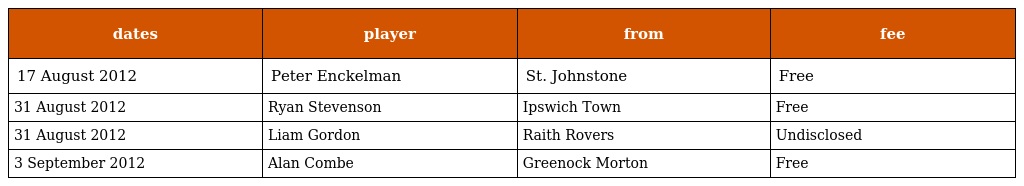
| dates | player | from | fee |
 | --- | --- | --- | --- |
 | 17 August 2012 | Peter Enckelman | St. Johnstone | Free |
 | 31 August 2012 | Ryan Stevenson | Ipswich Town | Free |
 | 31 August 2012 | Liam Gordon | Raith Rovers | Undisclosed |
 | 3 September 2012 | Alan Combe | Greenock Morton | Free |